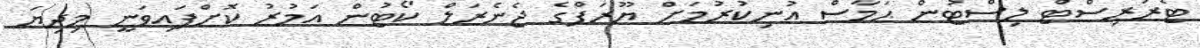
ޓެރަރިސްޓް ލިސްޓުން ޙަމާސް އުނިކުރުމަށް ޔޫރަޕްގެ ޖެނެރަލް ކޯޓުން އަމުރު ކޮށްފައިވަނީ މިދިޔަ